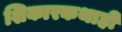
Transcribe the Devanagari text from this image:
शिकारकथाही